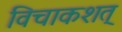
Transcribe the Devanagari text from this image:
विचाकशत्